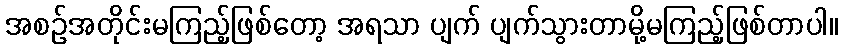
အစဉ်အတိုင်းမကြည့်ဖြစ်တော့ အရသာ ပျက် ပျက်သွားတာမို့မကြည့်ဖြစ်တာပါ။